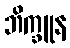
ဘိက္ခူန